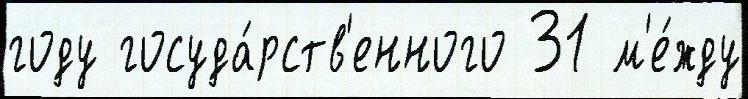
году госуда́рств'енного 31 м'е́жду